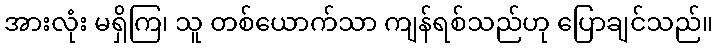
အားလုံး မရှိကြ၊ သူ တစ်ယောက်သာ ကျန်ရစ်သည်ဟု ပြောချင်သည်။